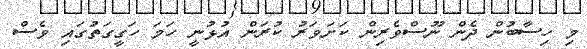
މި ހިސާބުން ދެން ނޫސްވެރިން ކަށަވަރު ކުރަން އުޅުނީ ހަމަ ހަގީގަތުގައި ވެސް